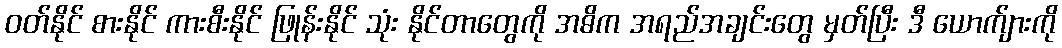
ဝတ်နိုင် စားနိုင် ကားစီးနိုင် ဖြုန်းနိုင် သုံး နိုင်တာတွေကို အဓိက အရည်အချင်းတွေ မှတ်ပြီး ဒီ ယောက်ျားကို